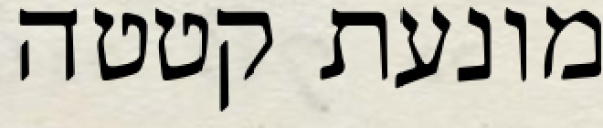
מונעת קטטה